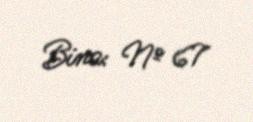
Bina: № 67